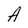
Character: A